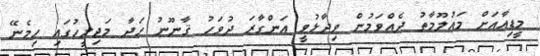
މީޑިއާއަށް މައުލޫމާތު ދެއްވަމުން ވިދާޅުވީ އަންގާރަ ދުވަހު ޤާނޫނު ހަދާ މަޖިލީހުގައި ހިމެނޭ